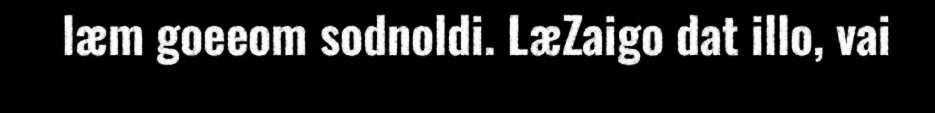
læm goeeom sodnoldi. LæZaigo dat illo, vai